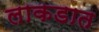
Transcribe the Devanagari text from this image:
लाकडात